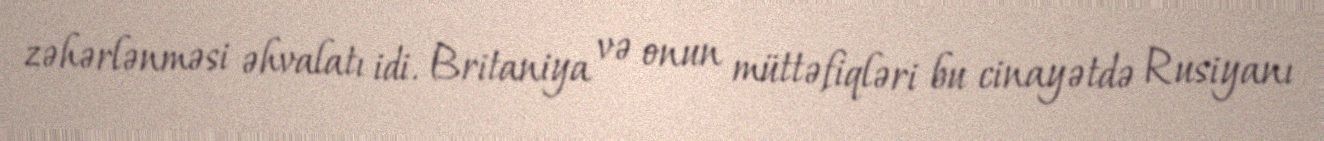
zəhərlənməsi əhvalatı idi. Britaniya və onun müttəfiqləri bu cinayətdə Rusiyanı